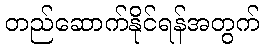
တည်ဆောက်နိုင်ရန်အတွက်